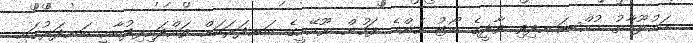
މައުލޫމާތު މުއްސަނދިވި ވާދީގެ ބޯޓު އެންމެ ފަހުން ޔޫއޭއީގެ ބަނދަރަކަށް ވައްދައިފިދުބާއީ ބަނދަރުގައި